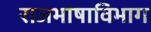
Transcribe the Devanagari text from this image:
राजभाषाविभाग